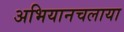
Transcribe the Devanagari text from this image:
अभियानचलाया